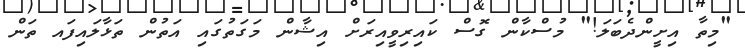
"މިތާ އިށީންދެބަލަ!" މުސްކާން ގޮސް ކައިރިވީއިރަށް އިޝާން މަގަތުގައި އަތުން ތަޅާލައިފައ ތަން